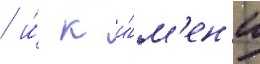
/ и́ к и́м'ен'и